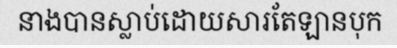
នាងបានស្លាប់ដោយសារតែឡានបុក